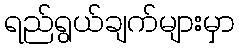
ရည်ရွယ်ချက်များမှာ